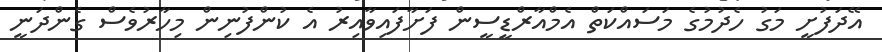
އޭދަފުށީ މަގު ހެދުމުގެ މަސައްކަތް އެމްއާރްޑީސީން ފަށާފައިވާއިރު އެ ކުންފުނިން މިހާރުވެސް ގެންދަނީ